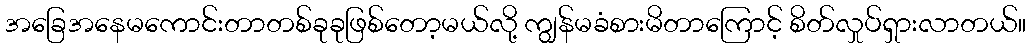
အခြေအနေမကောင်းတာတစ်ခုခုဖြစ်တော့မယ်လို့ ကျွန်မခံစားမိတာကြောင့် စိတ်လှုပ်ရှားလာတယ်။